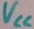
Text: VCC